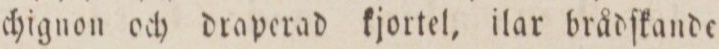
chignon och draperad kjortel, ilar brådſkande